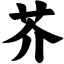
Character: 芥